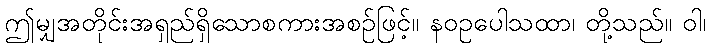
ဤမျှအတိုင်းအရှည်ရှိသောစကားအစဉ်ဖြင့်။ နဝဥပေါသထာ၊ တို့သည်။ ဝါ၊